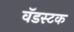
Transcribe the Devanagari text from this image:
वॅडस्टक